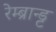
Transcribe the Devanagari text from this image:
रेम्ब्रान्ड्ट